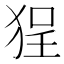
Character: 𱭼